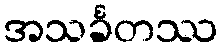
အသင်္ခတဿ